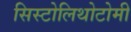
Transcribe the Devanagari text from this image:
सिस्टोलिथोटोमी